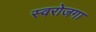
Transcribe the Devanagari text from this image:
स्‍वरोजगा